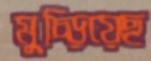
মুচ্‌ড়িয়েছ